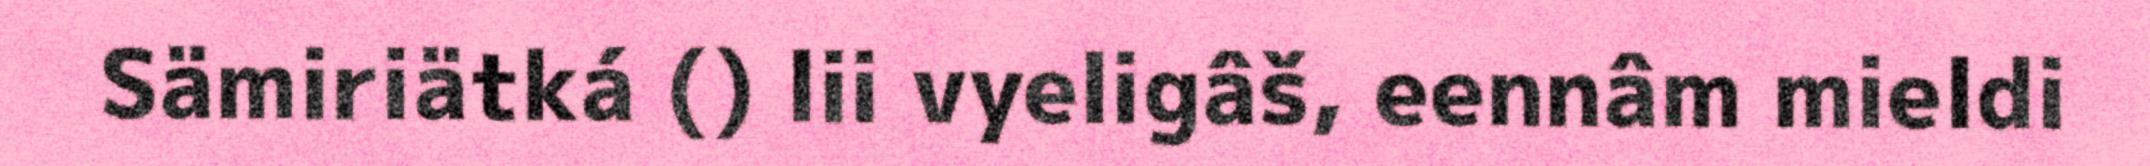
Sämiriätká () lii vyeligâš, eennâm mieldi